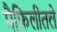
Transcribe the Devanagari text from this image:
मैफिलीतले